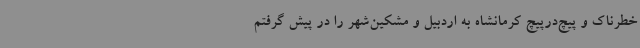
خطرناک و پیچ‌درپیچ کرمانشاه به اردبیل و مشکین‌شهر را در پیش گرفتم